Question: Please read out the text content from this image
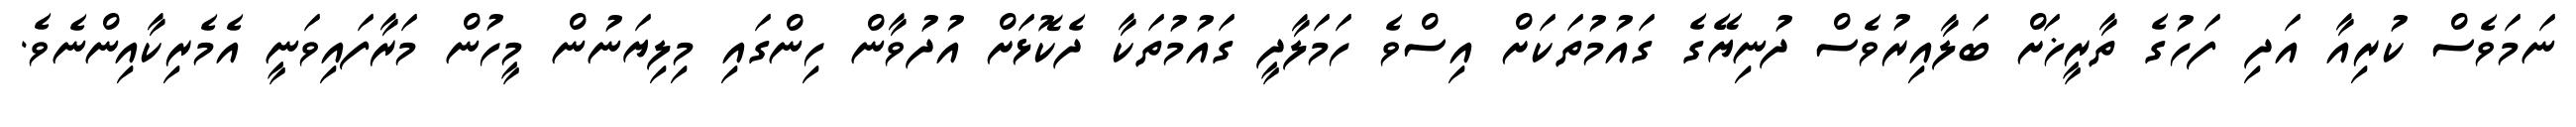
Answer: ނަމަވެސް ކުރިއާ އަދި ފަހުގެ ތާރީޚަށް ބަލާއިރުވެސް ދުނިޔޭގެ ގައުމުތަކަށް އިސްވެ ހަމަލާދީ ގައުމުތަކާ ދެކޮޅަށް އުދުވާން ހިންގައި މިލިޔަނުން މީހުން މަރާފައިވަނީ އެމެރިކާއިންނެވެ.